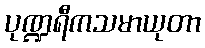
ပုဏ္ဍရီကသမာယုတာ